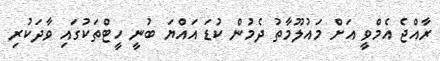
ރާއްޖެ އެމްވީ އަށް މައުލޫމާތު ދެމުން ކުޑަ އައްޔަ ބުނީ ހީޓްތަކުގައި ވާދަކުރި